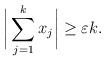
LaTeX: \begin{align*}\bigg|\sum_{j=1}^{k} x_j\bigg| \geq \varepsilon k.\end{align*}